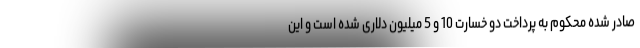
صادر شده محکوم به پرداخت دو خسارت 10 و 5 میلیون دلاری شده است و این